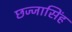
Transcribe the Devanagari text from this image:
छज्जासिंह